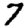
Digit: 7